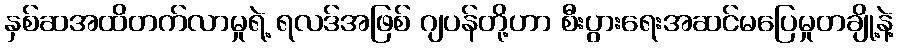
နှစ်ဆအထိတက်လာမှုရဲ့ ရလဒ်အဖြစ် ဂျပန်တို့ဟာ စီးပွားရေးအဆင်မပြေမှုတချို့နဲ့